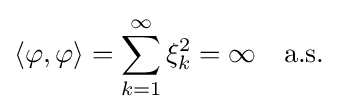
\langle \varphi ,\varphi \rangle =\sum _{k=1}^{\infty }\xi _{k}^{2}=\infty \quad {\textrm {a.s.}}